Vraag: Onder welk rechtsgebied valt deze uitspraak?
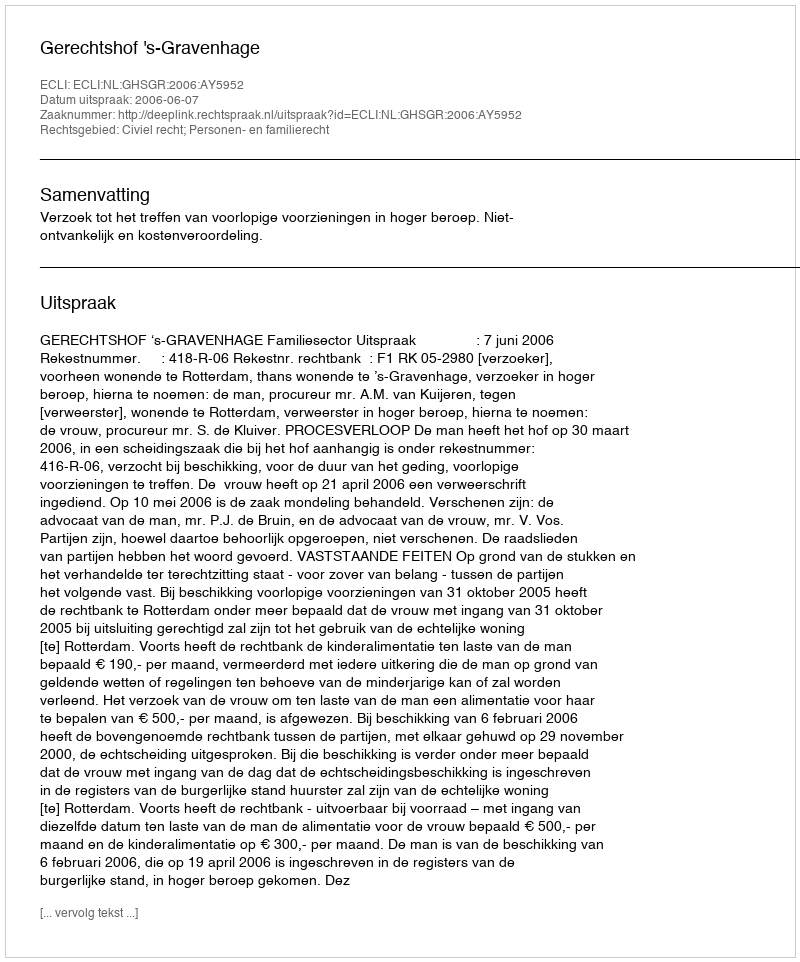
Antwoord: Civiel recht; Personen- en familierecht